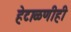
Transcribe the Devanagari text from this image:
हेटाळणीही